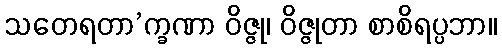
သတေရတာ’က္ခဏာ ဝိဇ္ဇု၊ ဝိဇ္ဇုတာ စာစိရပ္ပဘာ။